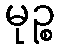
မုဉ္စ